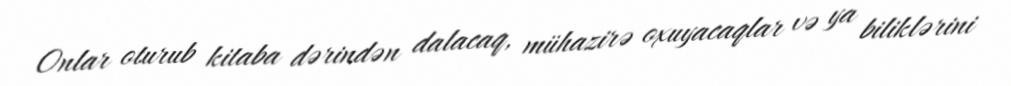
Onlar oturub kitaba dərindən dalacaq, mühazirə oxuyacaqlar və ya biliklərini